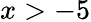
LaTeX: x>-5